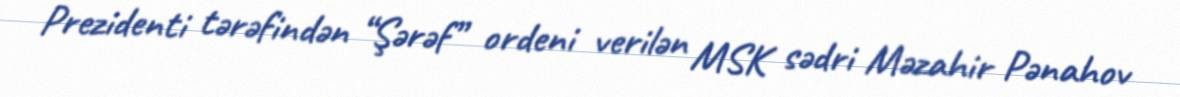
Prezidenti tərəfindən “Şərəf” ordeni verilən MSK sədri Məzahir Pənahov